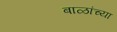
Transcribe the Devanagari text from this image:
बाळांच्या